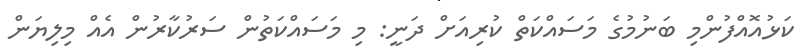
ކަޅުއޮއްފުންމި ބަނުމުގެ މަސައްކަތް ކުރިއަށް ދަނީ: މި މަސައްކަތުން ސަރުކާރުން އެއް މިލިޔަން